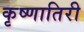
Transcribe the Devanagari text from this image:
कृष्णातिरी